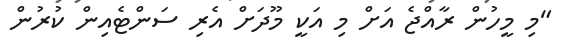
"މި މީހުން ރާއްޖެ އަށް މި އަކީ މޫދަށް އެރި ސަންޓެއިން ކުރުން